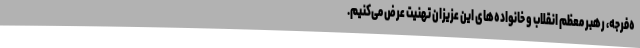
ه‌فرجه، رهبر معظم انقلاب و خانواده‌های این عزیزان تهنیت عرض می‌کنیم.